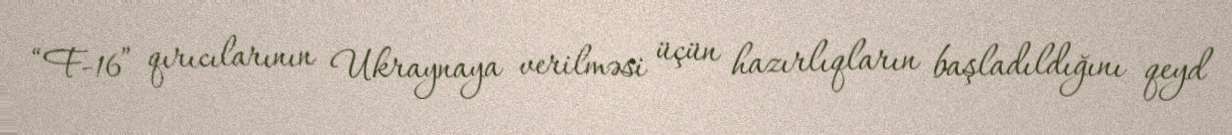
“F-16” qırıcılarının Ukraynaya verilməsi üçün hazırlıqların başladıldığını qeyd